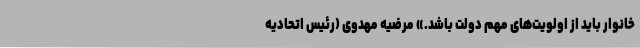
خانوار باید از اولویت‌های مهم دولت باشد.» مرضیه مهدوی (رئیس اتحادیه